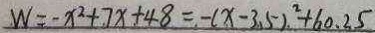
W = - x ^ { 2 } + 7 x + 4 8 = - ( x - 3 . 5 ) ^ { 2 } + 6 0 . 2 5